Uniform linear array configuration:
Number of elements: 24
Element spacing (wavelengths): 1
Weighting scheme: hamming
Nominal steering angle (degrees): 30
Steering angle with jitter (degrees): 28.15
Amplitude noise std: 0.05
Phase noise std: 0.05

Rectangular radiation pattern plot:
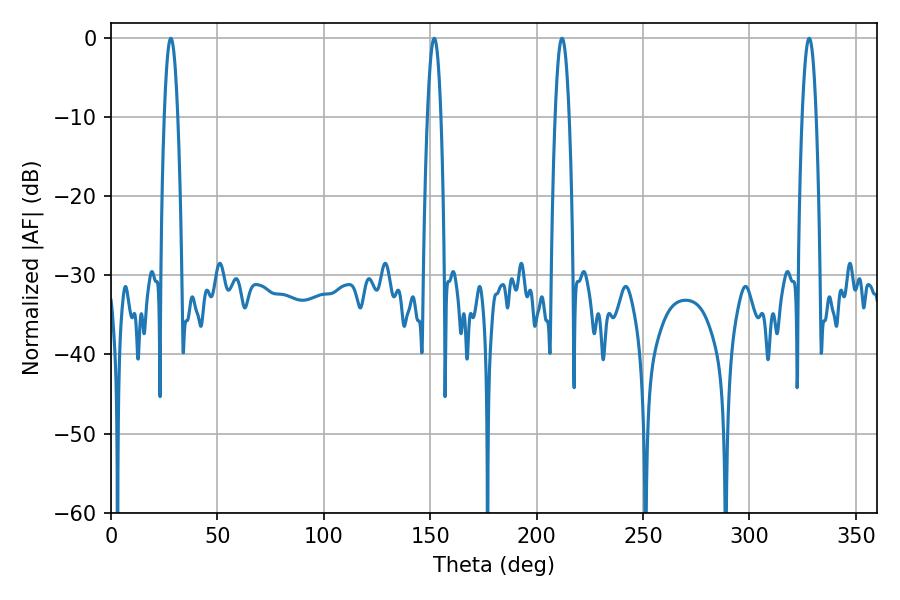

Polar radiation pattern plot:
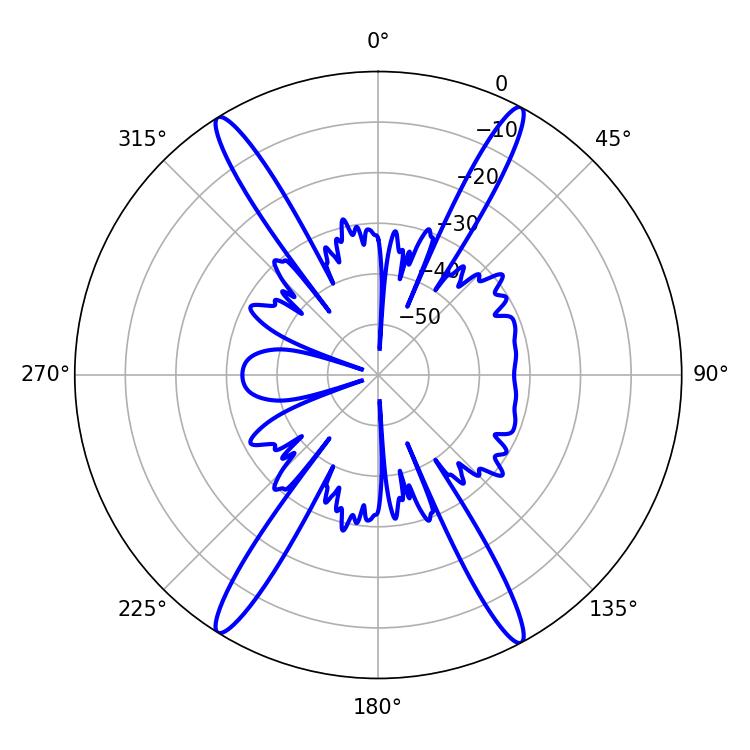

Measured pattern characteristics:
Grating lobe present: TRUE
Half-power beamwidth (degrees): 3.42
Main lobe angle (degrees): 28.08